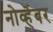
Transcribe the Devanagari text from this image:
नोव्हॆंबर